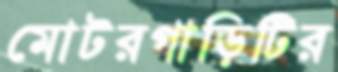
মোটরগাড়িটির